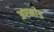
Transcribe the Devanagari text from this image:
अरमांड